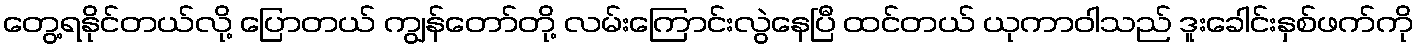
တွေ့ရနိုင်တယ်လို့ ပြောတယ် ကျွန်တော်တို့ လမ်းကြောင်းလွဲနေပြီ ထင်တယ် ယုကာဝါသည် ဒူးခေါင်းနှစ်ဖက်ကို